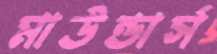
মাউন্ডার্স